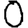
Digit: 0